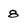
Character: 8